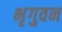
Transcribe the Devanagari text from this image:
भृगुवन